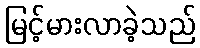
မြင့်မားလာခဲ့သည်